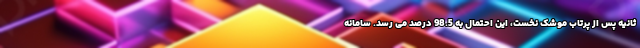
ثانیه پس از پرتاب موشک نخست، این احتمال به 98.5 درصد می رسد. سامانه